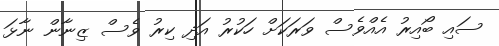
ސައި ބޯއިރު އެއްވެސް ވަރަކަށް ހަކުރު އަދި ކިރު ވެސް ޒިނާން ނާޅަ